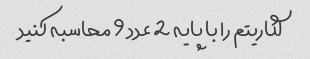
لگاریتم را با پایه 2 عدد 9 محاسبه کنید